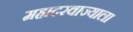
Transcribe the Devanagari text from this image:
महादरवाज्याला